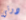
دوتي